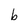
Character: b